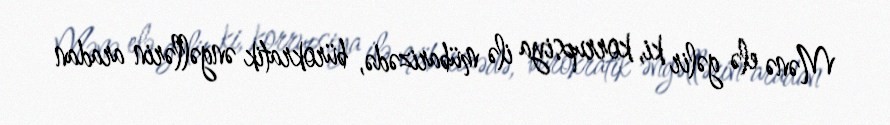
Mənə elə gəlir ki, korrupsiya ilə mübarizədə, bürokratik əngəllərin aradan